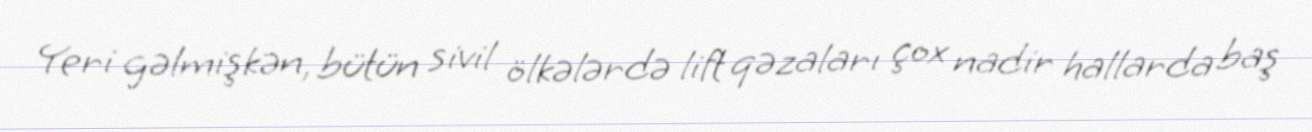
Yeri gəlmişkən, bütün sivil ölkələrdə lift qəzaları çox nadir hallarda baş